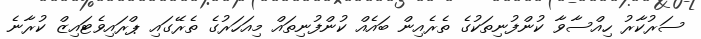
ސަރުކާރު ހިއްސާވާ ކުންފުނިތަކުގެ ތެރެއިން ބައެއް ކުންފުނިތައް މިއަހަރުގެ ތެރޭގައި ޕްރައިވެޓައިޒް ކުރާނެ